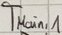
Text: TMain,1